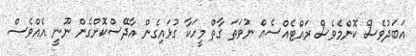
އަބަދުވެސް ކޮންމެވެސް ރައްޓެއްސެއް ނުވަތަ ގާތް މީހަކާ ގުޅައިގެން އާދޭސްކޮށްގެން ނޫނީ އެއްވެސް